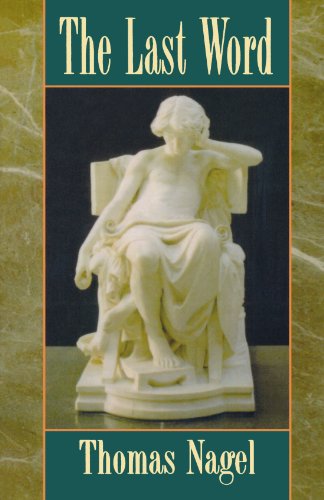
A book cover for The Last Word; Thomas Nagel; Politics & Social Sciences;